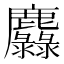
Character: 𪋵